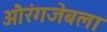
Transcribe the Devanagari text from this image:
औरंगजेबला